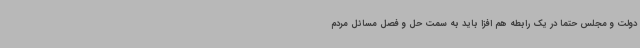
دولت و مجلس حتما در یک رابطه هم افزا باید به سمت حل و فصل مسائل مردم